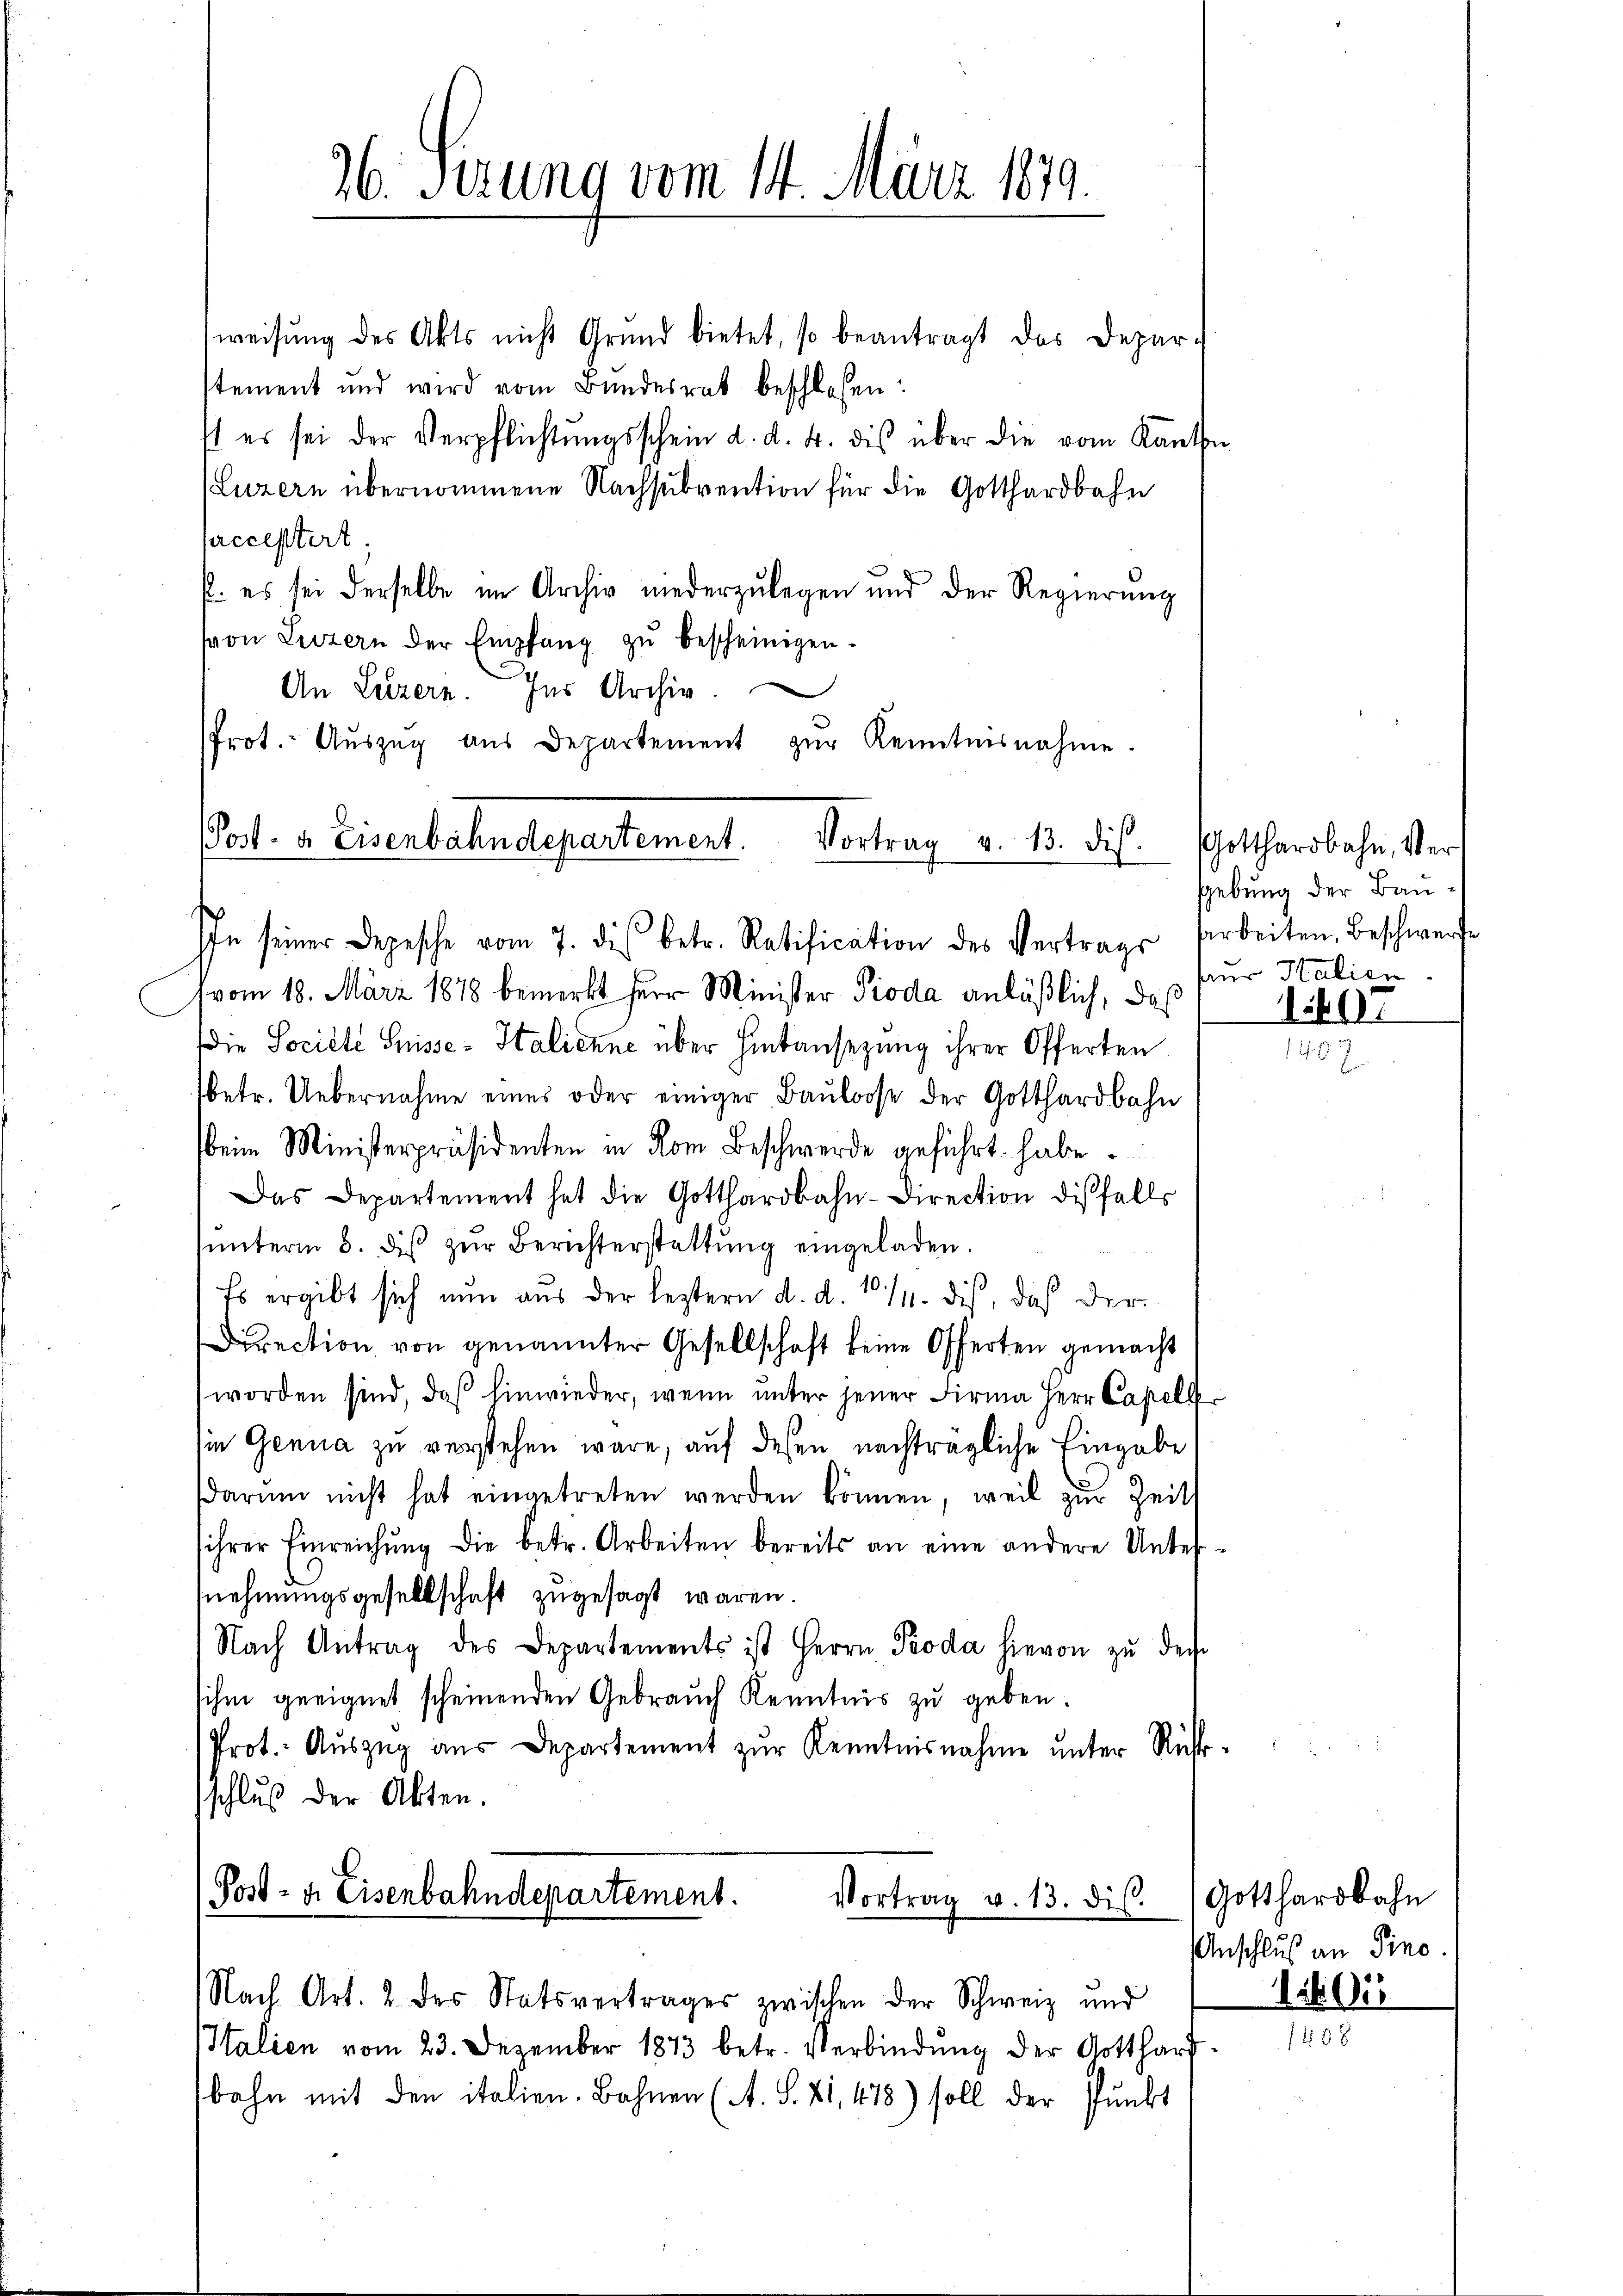
96. Serung vom 14. März 1879.

weisŭng des Akts nicht Grŭnd bietet, so beantragt das Depar-
stement und wird vom Bundesrat beschlossen:
st es sei der Verpflichtŭngsschein d. d. 4. des über die vom Kanton
(Luzern übernommene Nachsubvention für die Gotthardbahn
pacceptirt;
p. es sei derselbe im Archiv niederzulegen und der Regierung
von Luzern der Empfang zŭ bescheinigen.
e
An Luzern. Ins Archiv.
Prot. Aŭszŭg aŭs Departement zŭr Kenntnisnahme.

PPost- & Eisenbahndepartement.
Vortrag v. 13. dis

In seiner Depesche vom 7. dis betr. Ratification des Vertrags Arbeiten, Beschwerfe
vom 18. März 1878 bemerkt Herr Minister Pioda anläßlich, daß
Die Société Suisse- Italienne über Hintansezung ihrer Offerten
fbetr. Uebernahme eines oder einiger Baŭloose der Gotthardbahn
beim Ministerpräsidenten in Rom Beschwerde geführt habe.
Das Departement hat die Gotthardbahn-Direction diesfalls
ŭnterm 8. des zŭr Berichterstattŭng eingeladen.
Es ergibt sich nun aus der leztern d. d. 10/11. dis, daß der
Direction von genannter Gesellschaft keine Offerten gemacht
worden sind, daß hinwieder, wenn unter jener Firma Herr Capell
in Genua zu verstehen wäre, auf dessen nachträgliche Eingabe
darum nicht hat eingetreten werden können, weil zur Zeit
ihrer Einreichŭng die betr. Arbeiten bereits an eine andere Unter-
nehmungsgesellschaft zugesagt waren.
Nach Antrag des Departements ist Herrn Pioda hievon zu der
sihm geeignet scheinenden Gebrauch Kenntnis zu geben.
Prot. Aŭszŭg aŭs Departement zŭr Kenntnisnahme unter Rückschluß der Akten.

Post- u. Eisenbahndepartement.
Vortrag v. 13. dis.

Italien vom 23. Dezember 1873 betr. Verbindŭng der Gotthard-
bahn mit den italien. Bahnen (A. S. 41, 418) soll der Punkt

Nach Art. 2 des Statsvertrages zwischen der Schweiz und

Gotthardbahn, Vergebung der Bauaus Italien.
497

Gotthardbahn
Anschluß an Pino.
i 91